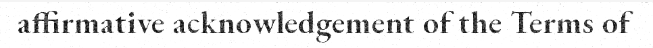
affirmative acknowledgement of the Terms of